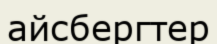
айсбергтер